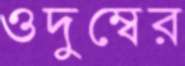
ওদুম্বের